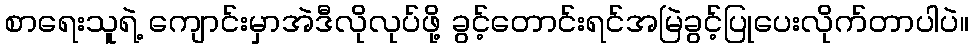
စာရေးသူရဲ့ ကျောင်းမှာအဲဒီလိုလုပ်ဖို့ ခွင့်တောင်းရင်အမြဲခွင့်ပြုပေးလိုက်တာပါပဲ။